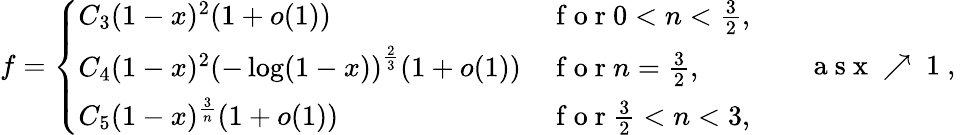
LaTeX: f=\left\{ \begin{array}{ll}{C_{3}(1-x)^{2}(1+o(1))}&{\mathrm{~f~o~r~}0<n<\frac 32,}\\ {C_{4}(1-x)^{2}\left(-\log(1-x)\right)^{\frac 23}(1+o(1))}&{\mathrm{~f~o~r~}n=\frac 32,}\\ {C_{5}(1-x)^{\frac 3n}(1+o(1))}&{\mathrm{~f~o~r~}\frac 32<n<3,}\end{array}\right.\qquad\mathrm{~a~s~x~\nearrow~1~,~}